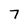
Character: 7